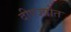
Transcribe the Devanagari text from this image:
दीपज्योत